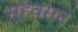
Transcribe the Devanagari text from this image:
सहवसन